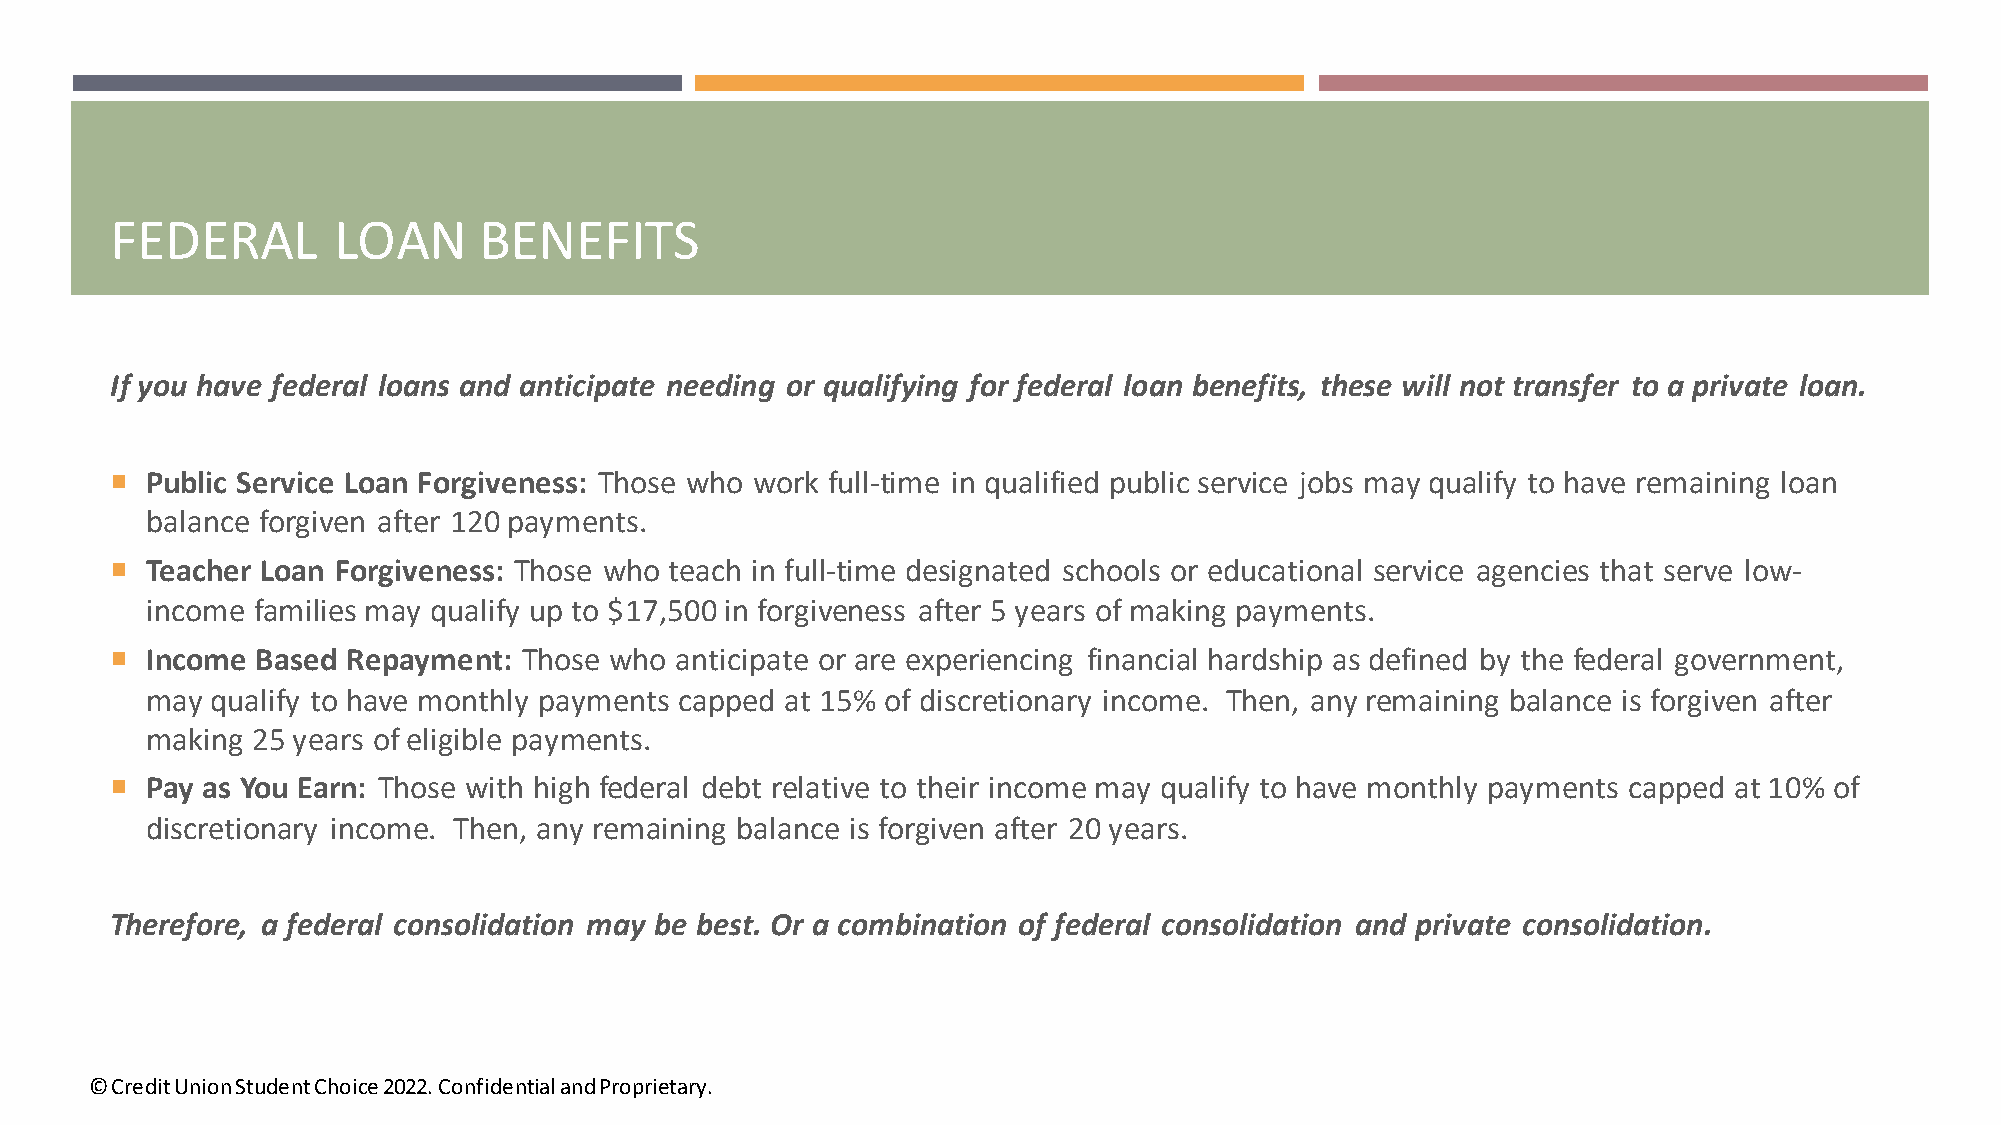
FEDERAL        LOAN      BENEFITS
 If you have federal loans and anticipate needing or qualifying for federal loan benefits, these will not transfer to a private loan.
   Public Service Loan Forgiveness: Those who work full-time in qualified public service jobs may qualify to have remaining loan
 balance forgiven after 120 payments.
   Teacher Loan Forgiveness: Those who teach in full-time designated schools or educational service agencies that serve low-
 income families may qualify up to $17,500 in forgiveness after 5 years of making payments.
   Income Based Repayment:  Those who anticipate or are experiencing financial hardship as defined by the federal government,
 may qualify to have monthly payments capped at 15% of discretionary income. Then, any remaining balance is forgiven after
 making 25 years of eligible payments.
   Pay as You Earn: Those with high federal debt relative to their income may qualify to have monthly payments capped at 10% of
 discretionary income. Then, any remaining balance is forgiven after 20 years.
 Therefore, a federal consolidation may be best. Or a combination of federal consolidation and private consolidation.
 © Credit Union Student Choice 2022. Confidential and Proprietary.